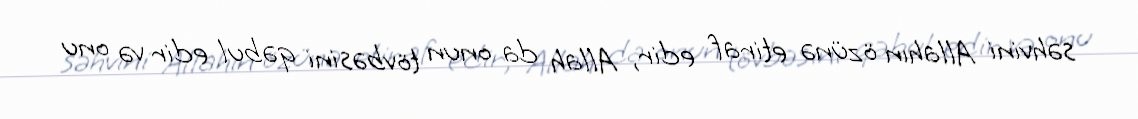
səhvini Allahın özünə etiraf edir, Allah da onun tövbəsini qəbul edir və onu